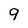
Character: 9